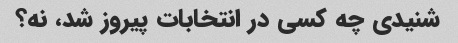
شنیدی چه کسی در انتخابات پیروز شد، نه؟